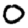
Digit: 0